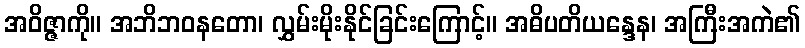
အဝိဇ္ဇာကို။ အဘိဘဝနတော၊ လွှမ်းမိုးနိုင်ခြင်းကြောင့်။ အဓိပတိယန္ဒေန၊ အကြီးအကဲ၏